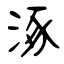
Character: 涿